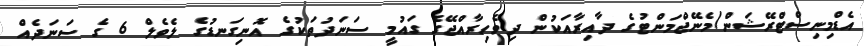
އެޑްމިނިސްޓްރޭޝަން/މެނޭޖްމަންޓުގެ ދާއިރާއަކުން ދިވެހިރާއްޖޭގެ ގައުމީ ސަނަދުތަކުގެ އޮނިގަނޑުގެ ލެވެލް 6 ގެ ސަނަދެއް